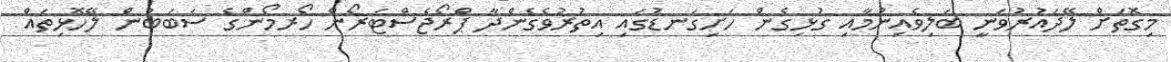
މިގޮތަށް ލޭދައުރުވަނީ ބަލިވެއިނުމާއި ގުޅިގެން ހަށިގަނޑުގައި އިތުރުވެގެންދާ ޕްރޯޖެސްޓަރޯން ހޯރމޯންގެ ސަބަބުން ލޭހޮޅިތައް